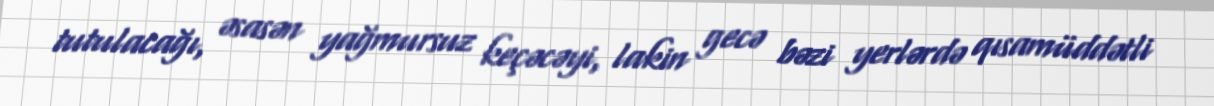
tutulacağı, əsasən yağmursuz keçəcəyi, lakin gecə bəzi yerlərdə qısamüddətli